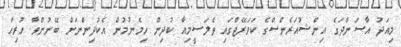
މިއަދު އާސަންދަގެ އިންޝުއަރެންސްގެ ކަވަރޭޖްގައި ތެލަސީމިއާ ކުދިން ހިމެނުމުން އެކުދިންނަށް ބޭނުންވާ ހުރިހާ